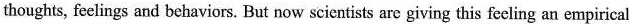
thoughts, feelings and behaviors. But now scientists are giving this fceling an empirical